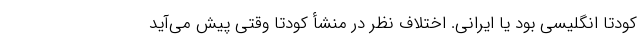
کودتا انگلیسی بود یا ایرانی. اختلاف نظر در منشأ کودتا وقتی پیش می‌آید